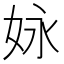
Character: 𡛻